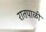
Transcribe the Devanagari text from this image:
रातपाळी